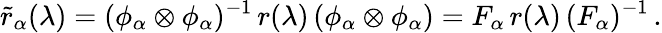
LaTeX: \tilde{r}_{\alpha}(\lambda)=(\phi_{\alpha}\otimes\phi_{\alpha})^{-1}\, r(\lambda)\, (\phi_{\alpha}\otimes\phi_{\alpha})=F_{\alpha}\, r(\lambda)\, (F_{\alpha})^{-1}\, .